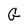
Character: G